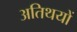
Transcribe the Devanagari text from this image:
अतिथयों